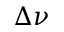
\Delta \nu